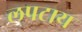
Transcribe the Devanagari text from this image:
लपटाय